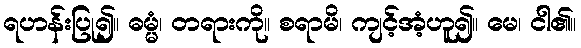
ရဟန်းပြု၍။ ဓမ္မံ၊ တရားကို။ စရာမိ၊ ကျင့်အံ့ဟူ၍။ မေ၊ ငါ၏။